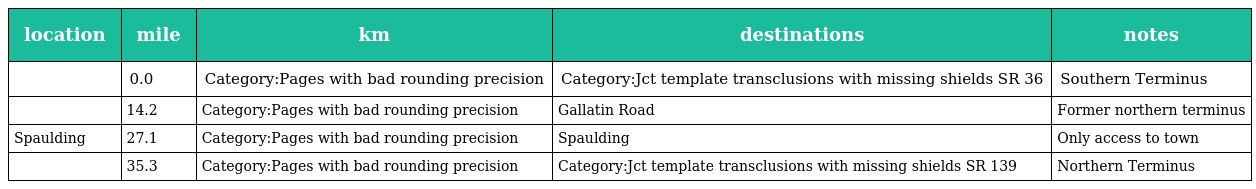
| location | mile | km | destinations | notes |
 | --- | --- | --- | --- | --- |
 |  | 0.0 | Category:Pages with bad rounding precision | Category:Jct template transclusions with missing shields SR 36 | Southern Terminus |
 |  | 14.2 | Category:Pages with bad rounding precision | Gallatin Road | Former northern terminus |
 | Spaulding | 27.1 | Category:Pages with bad rounding precision | Spaulding | Only access to town |
 |  | 35.3 | Category:Pages with bad rounding precision | Category:Jct template transclusions with missing shields SR 139 | Northern Terminus |